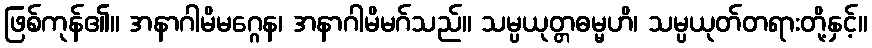
ဖြစ်ကုန်၏။ အနာဂါမိမဂ္ဂေန၊ အနာဂါမိမဂ်သည်။ သမ္ပယုတ္တဓမ္မဟိ၊ သမ္ပယုတ်တရားတို့နှင့်။